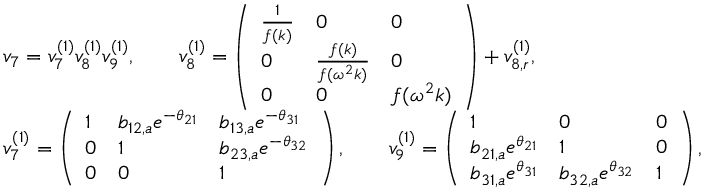
\begin{array} { r l } & { v _ { 7 } = v _ { 7 } ^ { ( 1 ) } v _ { 8 } ^ { ( 1 ) } v _ { 9 } ^ { ( 1 ) } , \qquad v _ { 8 } ^ { ( 1 ) } = \left( \begin{array} { l l l } { \frac { 1 } { f ( k ) } } & { 0 } & { 0 } \\ { 0 } & { \frac { f ( k ) } { f ( \omega ^ { 2 } k ) } } & { 0 } \\ { 0 } & { 0 } & { f ( \omega ^ { 2 } k ) } \end{array} \right) + v _ { 8 , r } ^ { ( 1 ) } , } \\ & { v _ { 7 } ^ { ( 1 ) } = \left( \begin{array} { l l l } { 1 } & { b _ { 1 2 , a } e ^ { - \theta _ { 2 1 } } } & { b _ { 1 3 , a } e ^ { - \theta _ { 3 1 } } } \\ { 0 } & { 1 } & { b _ { 2 3 , a } e ^ { - \theta _ { 3 2 } } } \\ { 0 } & { 0 } & { 1 } \end{array} \right) , \qquad v _ { 9 } ^ { ( 1 ) } = \left( \begin{array} { l l l } { 1 } & { 0 } & { 0 } \\ { b _ { 2 1 , a } e ^ { \theta _ { 2 1 } } } & { 1 } & { 0 } \\ { b _ { 3 1 , a } e ^ { \theta _ { 3 1 } } } & { b _ { 3 2 , a } e ^ { \theta _ { 3 2 } } } & { 1 } \end{array} \right) , } \end{array}